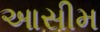
આસીમ